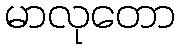
မာလုတော